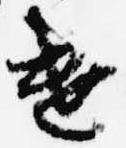
遣